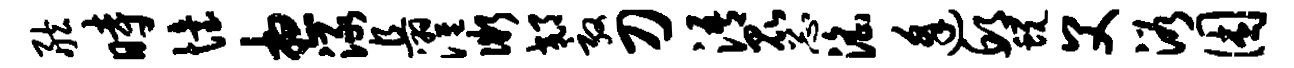
舷时怡想渌且濯微郊敦刀浯昆忐淫逢邱蜕父浴困